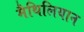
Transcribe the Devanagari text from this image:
मैथिलियान